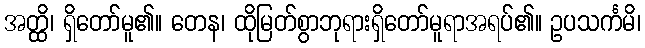
အတ္ထိ၊ ရှိတော်မူ၏။ တေန၊ ထိုမြတ်စွာဘုရားရှိတော်မူရာအရပ်၏။ ဥပသင်္ကမိ၊